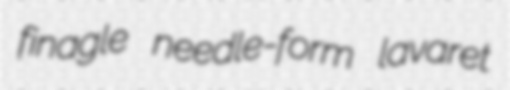
finagle needle-form lavaret